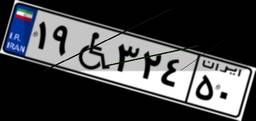
۱۹W۳۲۴۵۰